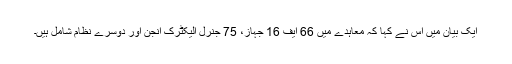
ایک بیان میں اس نے کہا کہ معاہدے میں 66 ایف 16 جہاز، 75 جنرل الیکٹرک انجن اور دوسرے نظام شامل ہیں۔